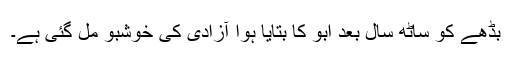
بڈھے کو ساٹھ سال بعد ابو کا بتایا ہوا آزادی کی خوشبو مل گئی ہے۔